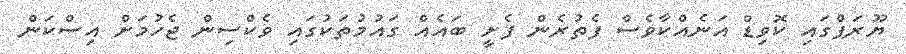
ޔޫރަޕްގައި ކޮވިޑް އަނެއްކާވެސް ފެތުރެން ފެށީ ބައެއް ގައުމުތަކުގައި ވެކްސިން ޖެހުމަށް އިސްކަން